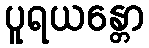
ပူရယန္တော